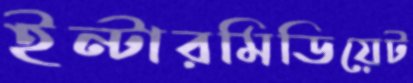
ইন্টারমিডিয়েট